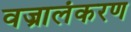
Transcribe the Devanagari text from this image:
वज्रालंकरण